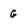
Character: G